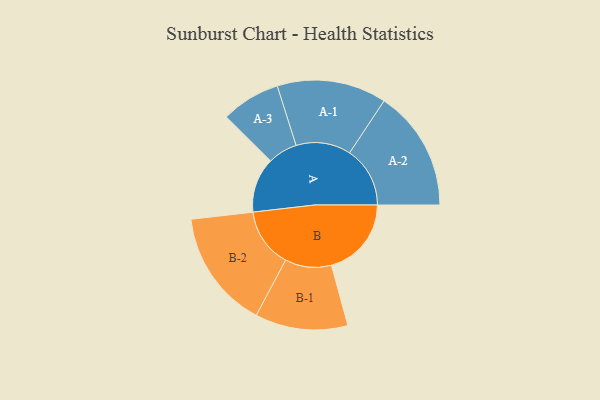
{"axis": {"x": "Segment", "y": "Value"}, "legend": ["", "A", "B"], "data": [{"x": "A", "y": 242, "type": ""}, {"x": "B", "y": 352, "type": ""}, {"x": "A-1", "y": 241, "type": "A"}, {"x": "A-2", "y": 266, "type": "A"}, {"x": "A-3", "y": 130, "type": "A"}, {"x": "B-1", "y": 204, "type": "B"}, {"x": "B-2", "y": 261, "type": "B"}]}